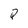
Character: Q